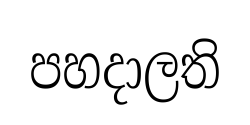
පහදාලති